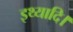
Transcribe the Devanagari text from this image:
इथ्यादि।